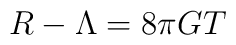
R - \Lambda = 8 \pi G T